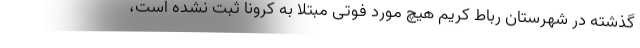
گذشته در شهرستان رباط کریم هیچ مورد فوتی مبتلا به کرونا ثبت نشده است،